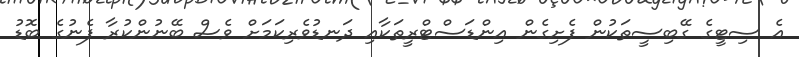
އެ ސިޓީގެ ގޭބިސީތަކުން ފެށިގެން އިންޑަސްޓްރީތަކާއި ދަނޑުވެރިކަމަށް ވެސް ބޭނުންކުރާ ފެނުގެ ބޮޑު